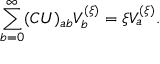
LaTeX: \sum _ { b = 0 } ^ { \infty } ( C U ) _ { a b } V _ { b } ^ { ( \xi ) } = \xi V _ { a } ^ { ( \xi ) } .